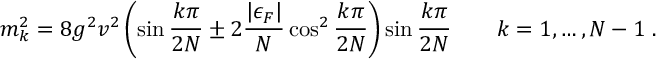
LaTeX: m _ { k } ^ { 2 } = 8 g ^ { 2 } v ^ { 2 } \left( \sin \frac { k \pi } { 2 N } \pm 2 \frac { | \epsilon _ { F } | } { N } \cos ^ { 2 } \frac { k \pi } { 2 N } \right) \sin \frac { k \pi } { 2 N } \qquad k = 1 , \ldots , N - 1 \; .